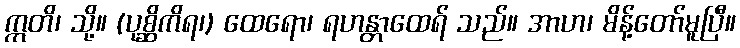
ဣတိ၊ သို့။ (ပုစ္ဆိကိရ၊) ထေရော၊ ရဟန္တာထေရ် သည်။ အာဟ၊ မိန့်တော်မူပြီ။